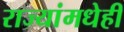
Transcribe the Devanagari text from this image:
राज्यांमधेही